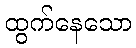
ထွက်နေသော